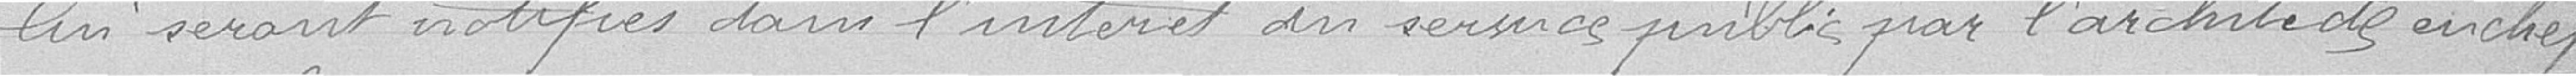
lui seront notifiés dans l'intérêt des services publics par l'architecte en chef